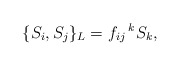
\begin{align*}\{S_i,S_j\}_{L}=f_{ij}\,^kS_k,\end{align*}